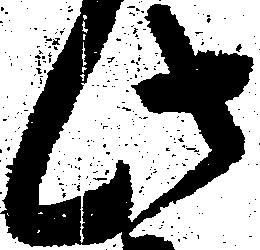
此